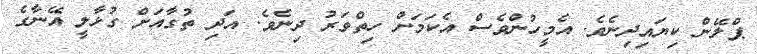
ޕްލޭން ކިޔައިދިނެވެ. އެމީހުންވެސް އެކަމަށް ހިތްވަރު ދިނެވެ. އަދި ތުގާއަށް ގުޅާލީ އޭނާގެ